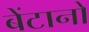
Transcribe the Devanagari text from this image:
बेंटानो